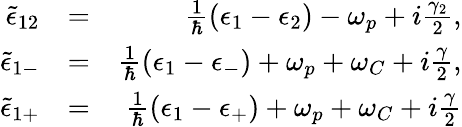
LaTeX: \begin{array}{rlr}{\tilde{\epsilon}_{12}}&{=}&{\frac{1}{\hbar}(\epsilon_{1}-\epsilon_{2})-\omega_{p}+i\frac{\gamma_{2}}{2},}\\ {\tilde{\epsilon}_{1-}}&{=}&{\frac{1}{\hbar}(\epsilon_{1}-\epsilon_{-})+\omega_{p}+\omega_{C}+i\frac{\gamma}{2},}\\ {\tilde{\epsilon}_{1+}}&{=}&{\frac{1}{\hbar}(\epsilon_{1}-\epsilon_{+})+\omega_{p}+\omega_{C}+i\frac{\gamma}{2}}\end{array}